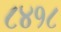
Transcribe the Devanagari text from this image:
८४१८